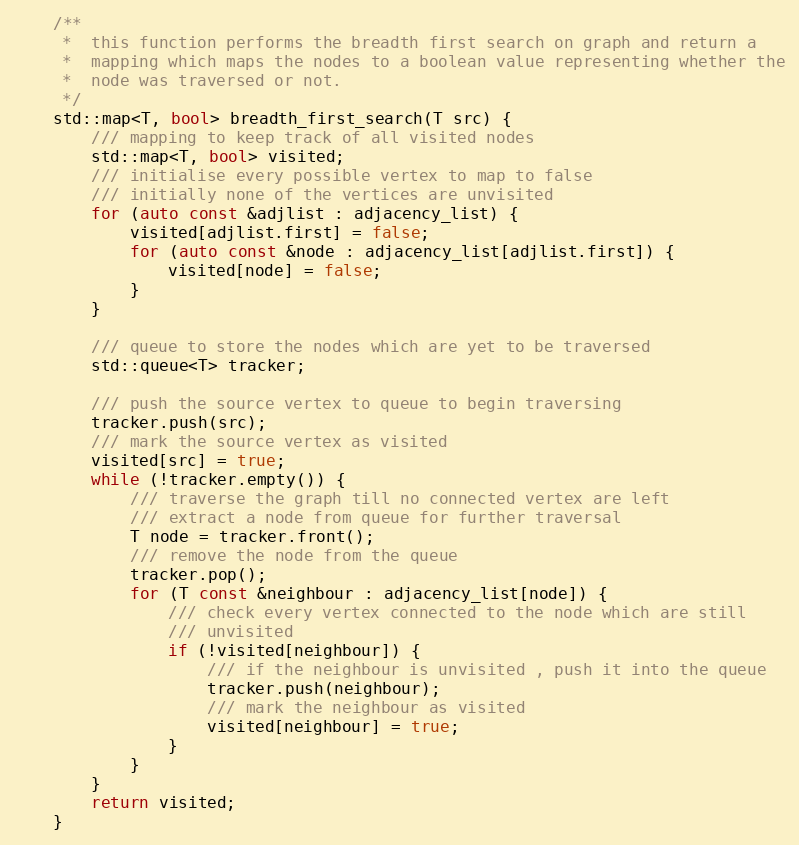
Language: C++
    /**
     *  this function performs the breadth first search on graph and return a
     *  mapping which maps the nodes to a boolean value representing whether the
     *  node was traversed or not.
     */
    std::map<T, bool> breadth_first_search(T src) {
        /// mapping to keep track of all visited nodes
        std::map<T, bool> visited;
        /// initialise every possible vertex to map to false
        /// initially none of the vertices are unvisited
        for (auto const &adjlist : adjacency_list) {
            visited[adjlist.first] = false;
            for (auto const &node : adjacency_list[adjlist.first]) {
                visited[node] = false;
            }
        }

        /// queue to store the nodes which are yet to be traversed
        std::queue<T> tracker;

        /// push the source vertex to queue to begin traversing
        tracker.push(src);
        /// mark the source vertex as visited
        visited[src] = true;
        while (!tracker.empty()) {
            /// traverse the graph till no connected vertex are left
            /// extract a node from queue for further traversal
            T node = tracker.front();
            /// remove the node from the queue
            tracker.pop();
            for (T const &neighbour : adjacency_list[node]) {
                /// check every vertex connected to the node which are still
                /// unvisited
                if (!visited[neighbour]) {
                    /// if the neighbour is unvisited , push it into the queue
                    tracker.push(neighbour);
                    /// mark the neighbour as visited
                    visited[neighbour] = true;
                }
            }
        }
        return visited;
    }